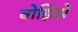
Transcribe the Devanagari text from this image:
बोझिझे